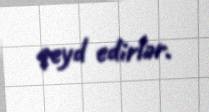
qeyd edirlər.